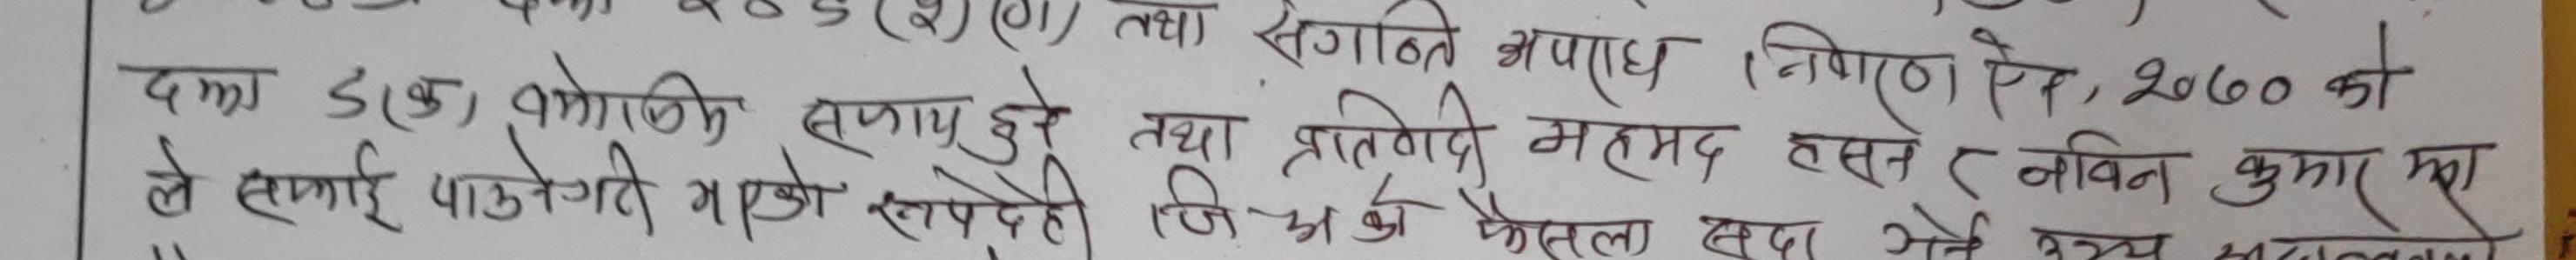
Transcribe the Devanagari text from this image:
दका डाक) वमोजिम सजाय हुने
ले सफाई पाउनेगरी भएको रुपन्देही
त्या संगठित अपराध निगरण ऐन, २०७० को
तथा प्रतिवेगदी मरे
जि अर्थ फैसला बदा गर्ने ब
महमद हसने र नविन कुमार महा